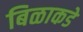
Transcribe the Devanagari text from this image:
बिळाकडे